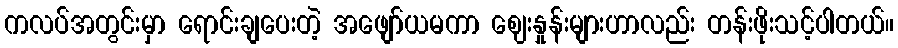
ကလပ်အတွင်းမှာ ရောင်းချပေးတဲ့ အဖျော်ယမကာ ဈေးနှုန်းများဟာလည်း တန်းဖိုးသင့်ပါတယ်။